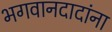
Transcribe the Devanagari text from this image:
भगवानदादांना